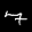
Label: 7